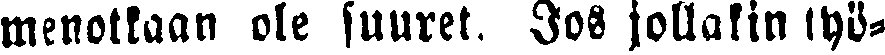
menotkaan ole suuret. Jos jollakin työ-